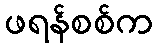
ဖရန်စစ်က